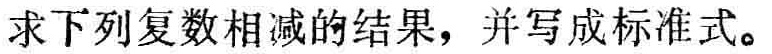
求下列复数相减的结果，并写成标准式。